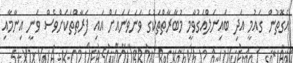
އެގޮތުން ގައުމީ އަދި ބައިނަލްއަގުވާމީ މުބާރާތްތަކުގެ ވަނަވަނައަށް އައި ފަރާތްތަކަށްވެސް ވަނީ އިނާމާއި